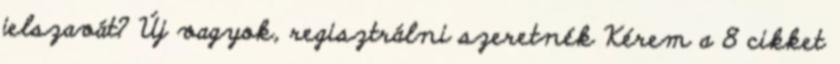
jelszavát? Új vagyok, regisztrálni szeretnék Kérem a 8 cikket